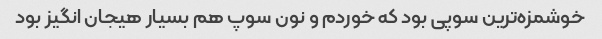
خوشمزه‌ترین سوپی بود که خوردم و نون سوپ هم بسیار هیجان انگیز بود